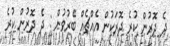
ދެ ދޮރުން ކުރެ ދޮރަކުން އެއްޗެއް ބޭރުވުން : ދެ ދޮރުން ކުރެ